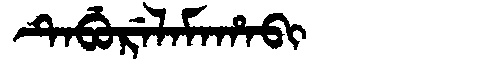
Manchu: ᡨᡝᠪᡠᡵᡝᠯᠠᠮᠠᡥᠠᠪᡳ
Romanization: TEBURELAMAHABI